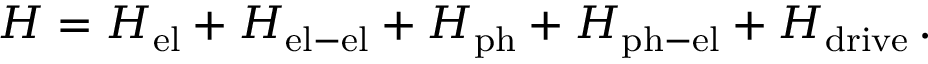
H = H _ { \mathrm { e l } } + H _ { \mathrm { e l - e l } } + H _ { \mathrm { p h } } + H _ { \mathrm { p h - e l } } + H _ { \mathrm { d r i v e } } \, .